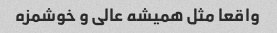
واقعا مثل همیشه عالی و خوشمزه